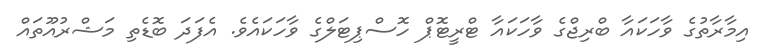
އިމާރާތުގެ ވާހަކައާ ބްރިޖްގެ ވާހަކައާ ޓްރީޓޮޕް ހޮސްޕިޓަލްގެ ވާހަކައެވެ. އެފަދަ ބޮޑެތި މަޝްރުއޫތައް